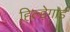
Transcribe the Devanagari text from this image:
हिल्ड़ेगार्ड